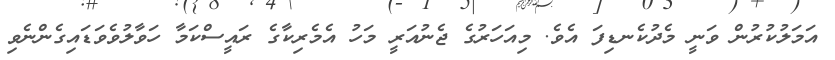
އަމަލުކުރުން ވަނީ މެދުކެނޑިފަ އެވެ. މިއަހަރުގެ ޖެނުއަރީ މަހު އެމެރިކާގެ ރައީސްކަމާ ހަވާލުވެވަޑައިގެންނެވި